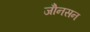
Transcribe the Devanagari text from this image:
जोँनसन